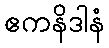
ဧကနိဒါနံ